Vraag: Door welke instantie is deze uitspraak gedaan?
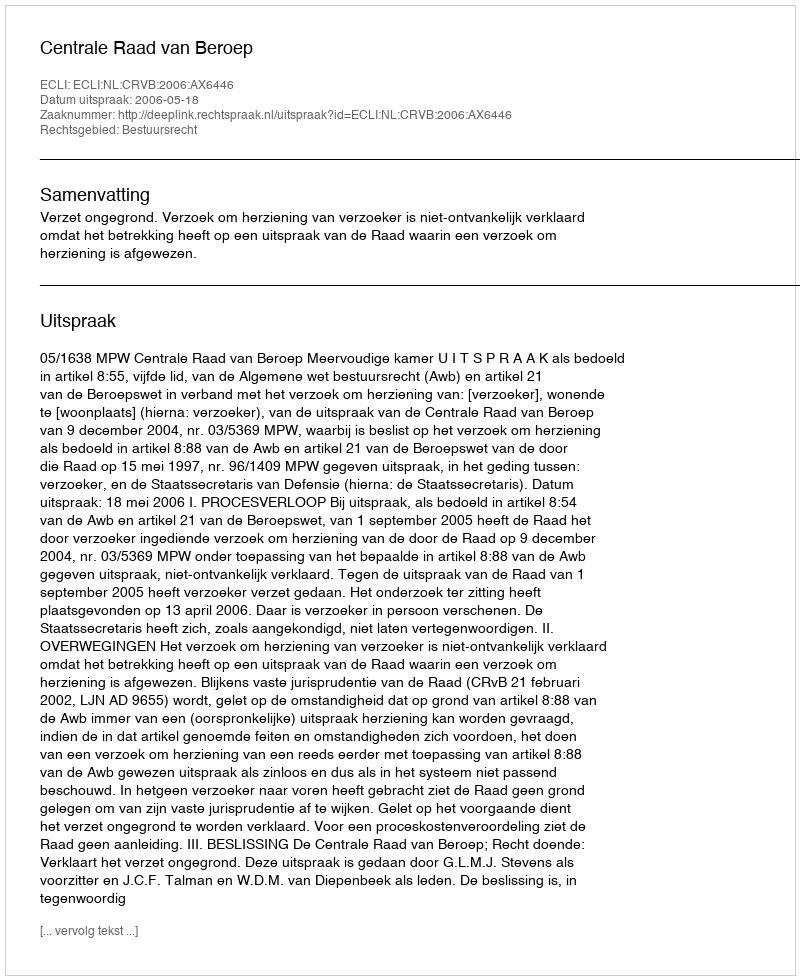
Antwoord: Centrale Raad van Beroep